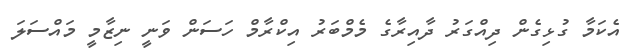
އެކަމާ ގުޅިގެން ދިއްގަރު ދާއިރާގެ މެމްބަރު އިކްރާމް ހަސަން ވަނީ ނިޒާމީ މައްސަލަ